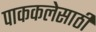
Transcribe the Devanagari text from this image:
पाककलेसाठी